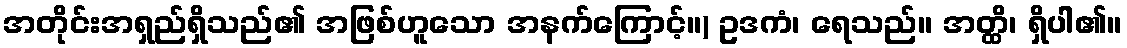
အတိုင်းအရှည်ရှိသည်၏ အဖြစ်ဟူသော အနက်ကြောင့်။) ဥဒကံ၊ ရေသည်။ အတ္ထိ၊ ရှိပါ၏။